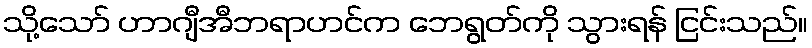
သို့သော် ဟာဂျီအီဘရာဟင်က ဘေရွတ်ကို သွားရန် ငြင်းသည်။